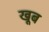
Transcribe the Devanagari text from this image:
खूब